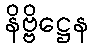
နိဗ္ဗိဋ္ဌေန